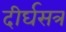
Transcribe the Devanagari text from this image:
दीर्घसत्र